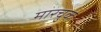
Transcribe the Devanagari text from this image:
मारचुक